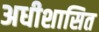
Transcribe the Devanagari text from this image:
अधीशासित